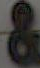
&